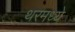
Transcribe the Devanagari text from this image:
थरमध्ये